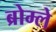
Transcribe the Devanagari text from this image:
ब्रोम्ले